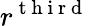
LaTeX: r^{\mathrm{~t~h~i~r~d~}}